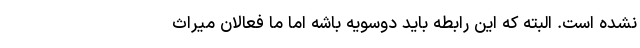
نشده است. البته که این رابطه‌ باید دوسویه باشه اما ما فعالانِ میراث